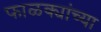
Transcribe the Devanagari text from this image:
फाळक्यांच्या